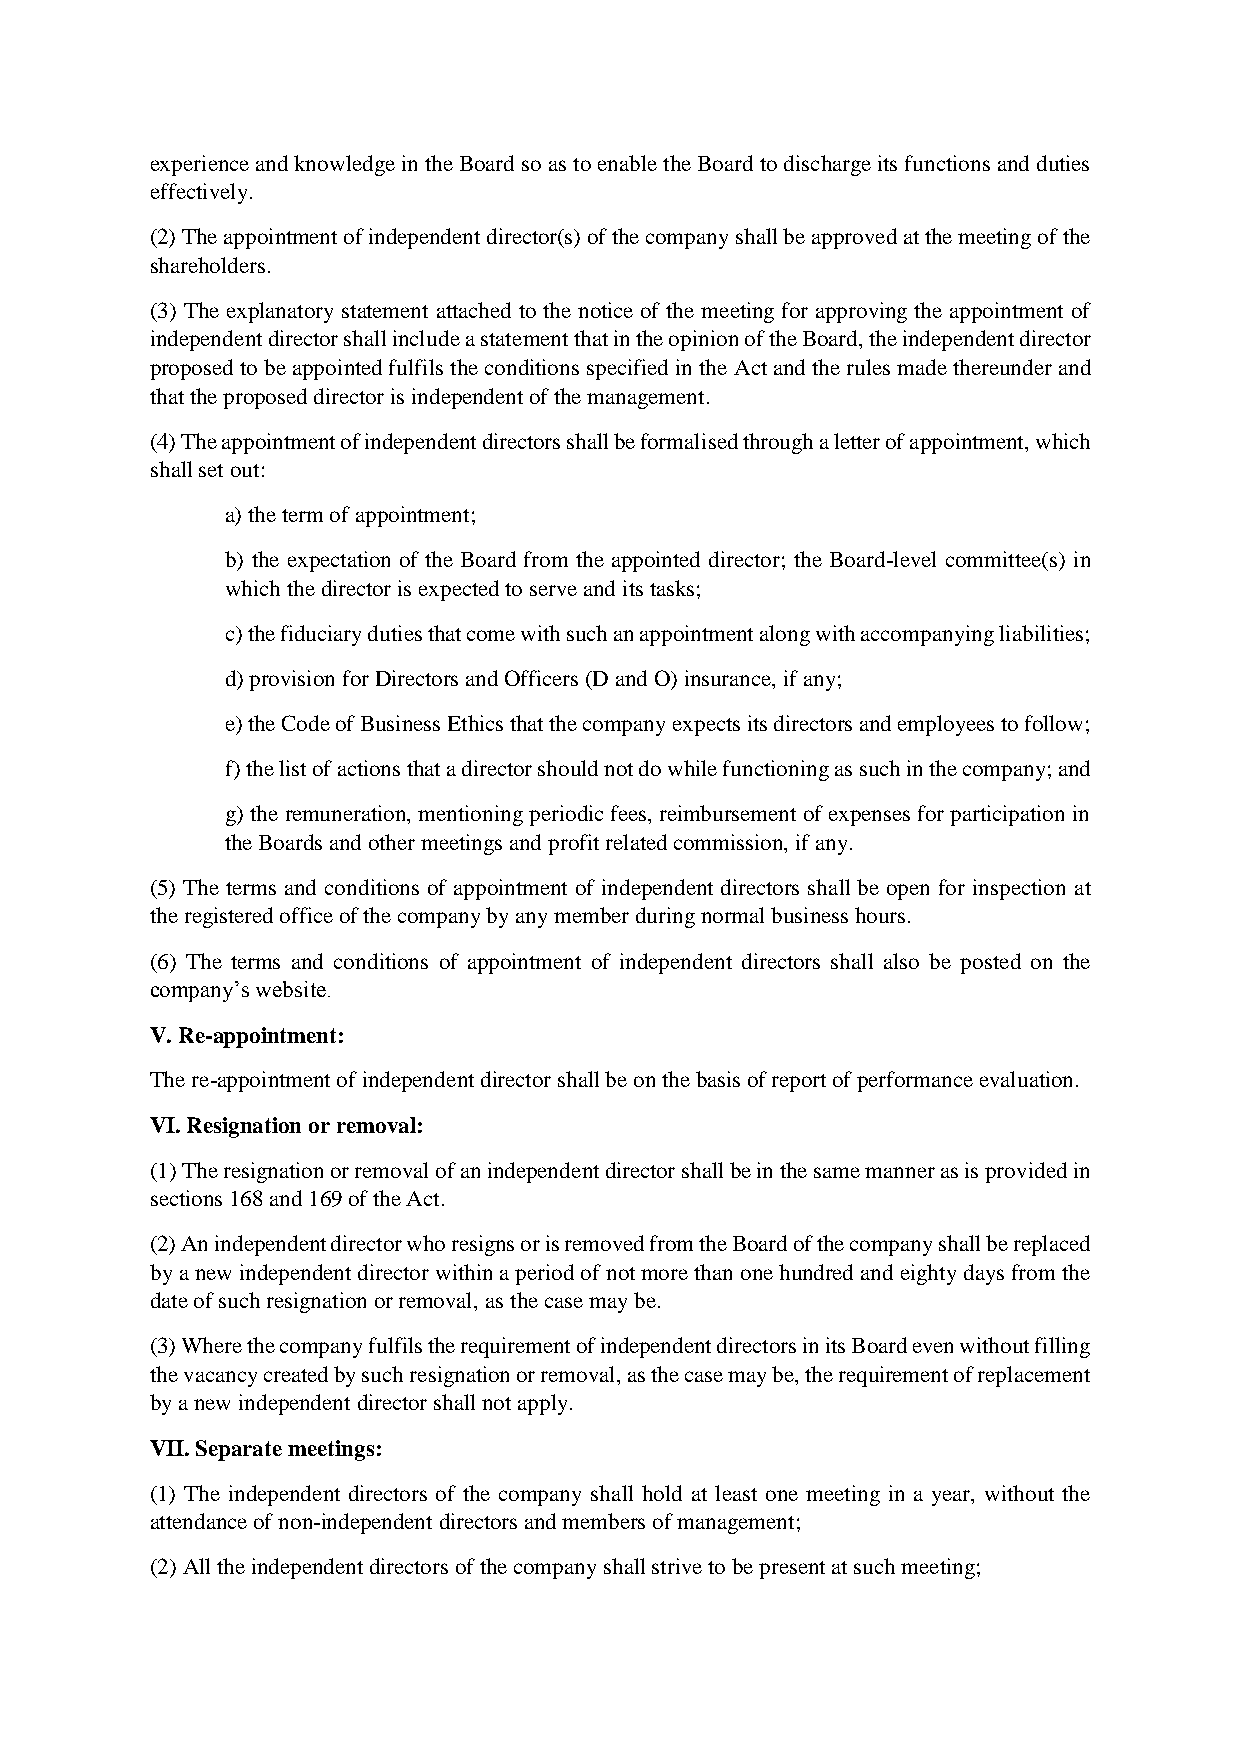
experience and knowledge in the Board so as to enable the Board to discharge its functions and duties
 effectively.
 (2) The appointment of independent director(s) of the company shall be approved at the meeting of the
 shareholders.
 (3) The explanatory statement attached to the notice of the meeting for approving the appointment of
 independent director shall include a statement that in the opinion of the Board, the independent director
 proposed to be appointed fulfils the conditions specified in the Act and the rules made thereunder and
 that the proposed director is independent of the management.
 (4) The appointment of independent directors shall be formalised through a letter of appointment, which
 shall set out:
 a) the term of appointment;
 b) the expectation of the Board from the appointed director; the Board-level committee(s) in
 which the director is expected to serve and its tasks;
 c) the fiduciary duties that come with such an appointment along with accompanying liabilities;
 d) provision for Directors and Officers (D and O) insurance, if any;
 e) the Code of Business Ethics that the company expects its directors and employees to follow;
 f) the list of actions that a director should not do while functioning as such in the company; and
 g) the remuneration, mentioning periodic fees, reimbursement of expenses for participation in
 the Boards and other meetings and profit related commission, if any.
 (5) The terms and conditions of appointment of independent directors shall be open for inspection at
 the registered office of the company by any member during normal business hours.
 (6) The terms and conditions of appointment of independent directors shall also be posted on the
 company’s website.
 V. Re-appointment:
 The re-appointment of independent director shall be on the basis of report of performance evaluation.
 VI. Resignation or removal:
 (1) The resignation or removal of an independent director shall be in the same manner as is provided in
 sections 168 and 169 of the Act.
 (2) An independent director who resigns or is removed from the Board of the company shall be replaced
 by a new independent director within a period of not more than one hundred and eighty days from the
 date of such resignation or removal, as the case may be.
 (3) Where the company fulfils the requirement of independent directors in its Board even without filling
 the vacancy created by such resignation or removal, as the case may be, the requirement of replacement
 by a new independent director shall not apply.
 VII. Separate meetings:
 (1) The independent directors of the company shall hold at least one meeting in a year, without the
 attendance of non-independent directors and members of management;
 (2) All the independent directors of the company shall strive to be present at such meeting;